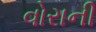
વોરાની